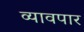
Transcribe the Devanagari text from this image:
व्यावपार